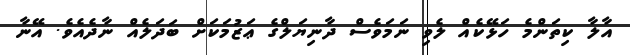
އާލާ ކިތަންމެ ހަޅޭކެއް ލެވި ނަމަވެސް ދާނިޔަލްގެ ޢަޒުމަކަށް ބަދަލެއް ނާދެއެވެ. އޭނާ